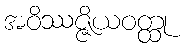
အဝိဿဇ္ဇိယဝတ္ထု